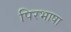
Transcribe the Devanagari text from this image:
पिरभाषा